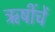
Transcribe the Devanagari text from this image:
ऋषींचें